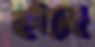
হইলো